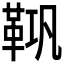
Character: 𮧘